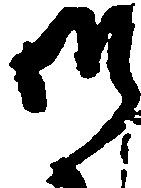
御